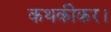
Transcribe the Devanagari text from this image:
कथकीकर।